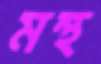
মন্থ